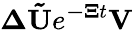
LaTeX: \mathbf{\Delta}\mathbf{\tilde{U}}e^{\mathbf{-\mathbf{\Xi}}t}\mathbf{V}